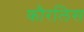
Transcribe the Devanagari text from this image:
कौरलिस